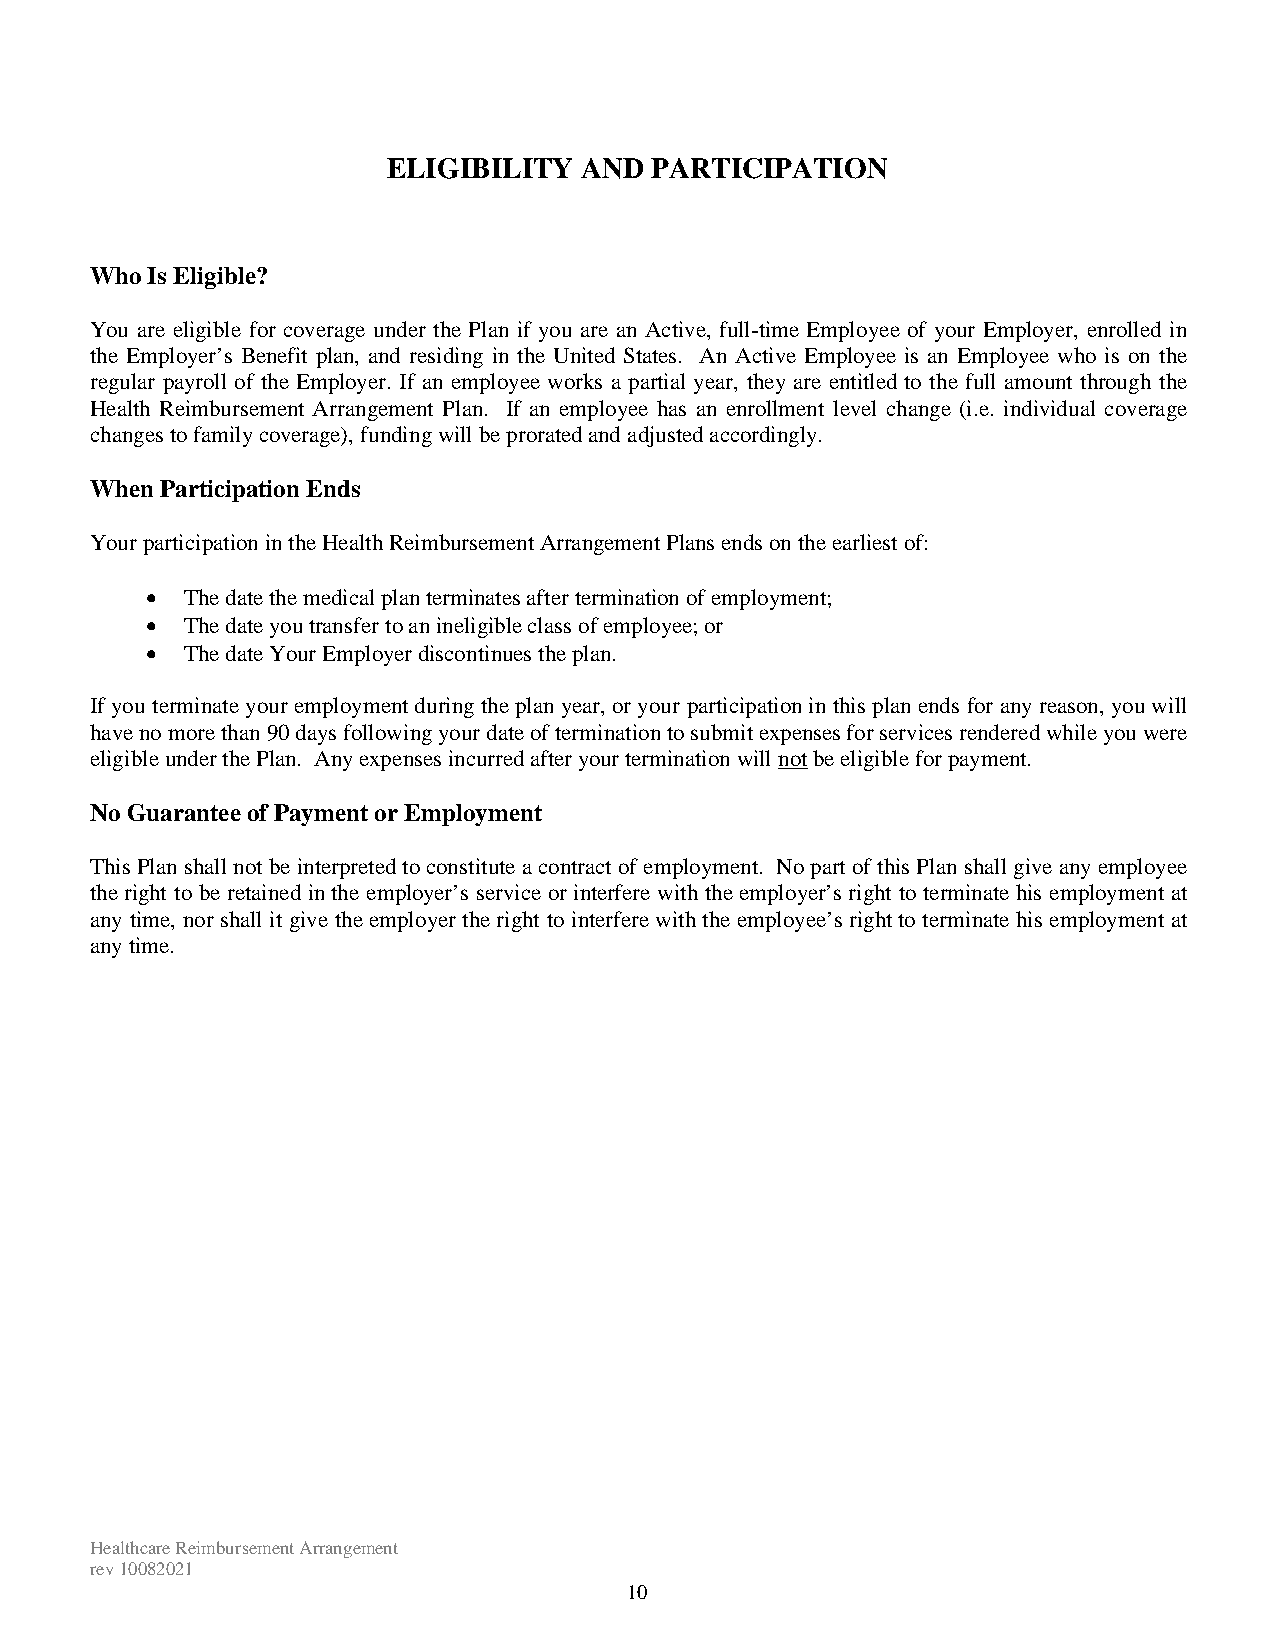
ELIGIBILITY AND  PARTICIPATION
 Who Is Eligible?
 You are eligible for coverage under the Plan if you are an Active, full-time Employee of your Employer, enrolled in
 the Employer’s Benefit plan, and residing in the United States. An Active Employee is an Employee who is on the
 regular payroll of the Employer. If an employee works a partial year, they are entitled to the full amount through the
 Health Reimbursement Arrangement Plan. If an employee has an enrollment level change (i.e. individual coverage
 changes to family coverage), funding will be prorated and adjusted accordingly.
 When Participation Ends
 Your participation in the Health Reimbursement Arrangement Plans ends on the earliest of:
  The date the medical plan terminates after termination of employment;
  The date you transfer to an ineligible class of employee; or
  The date Your Employer discontinues the plan.
 If you terminate your employment during the plan year, or your participation in this plan ends for any reason, you will
 have no more than 90 days following your date of termination to submit expenses for services rendered while you were
 eligible under the Plan. Any expenses incurred after your termination will not be eligible for payment.
 No Guarantee of Payment or Employment
 This Plan shall not be interpreted to constitute a contract of employment. No part of this Plan shall give any employee
 the right to be retained in the employer’s service or interfere with the employer’s right to terminate his employment at
 any time, nor shall it give the employer the right to interfere with the employee’s right to terminate his employment at
 any time.
 Healthcare Reimbursement Arrangement
 rev 10082021
 10